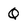
Character: Q